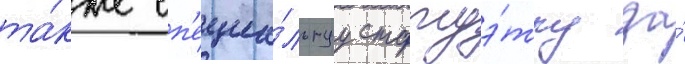
та́кже сп'ециа́льнуу статуэ́тку за́